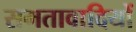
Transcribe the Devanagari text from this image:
समतावादियों